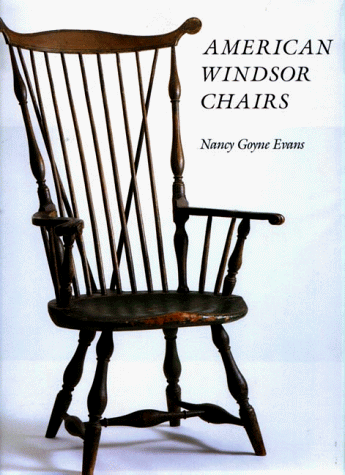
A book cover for American Windsor Chairs; Nancy Goyne Evans; Arts & Photography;